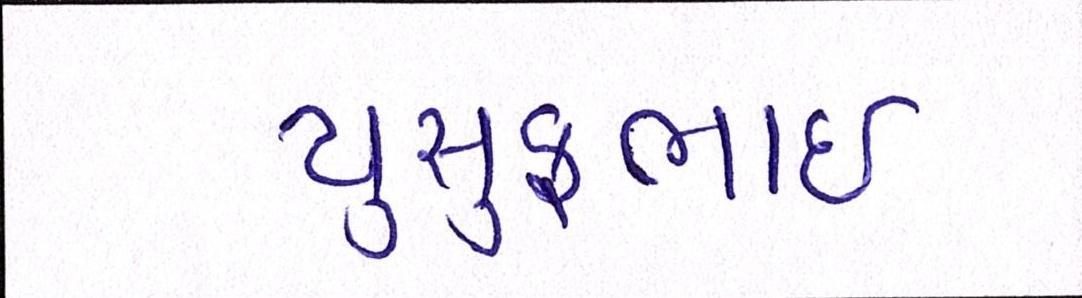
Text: યુસુફભાઈ